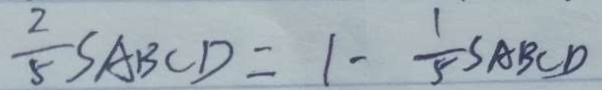
\frac { 2 } { 5 } S A B C D = 1 - \frac { 1 } { 5 } S A B C D